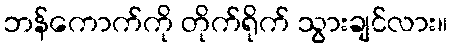
ဘန်ကောက်ကို တိုက်ရိုက် သွားချင်လား။